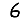
Digit: 6